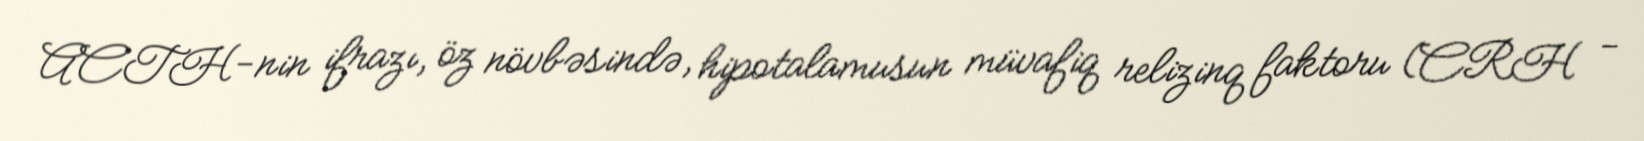
ACTH-nin ifrazı, öz növbəsində, hipotalamusun müvafiq relizinq faktoru (CRH -